Civil Veterinary Dept. Assam report 1927-50 - 1927-1950
Year: 1927
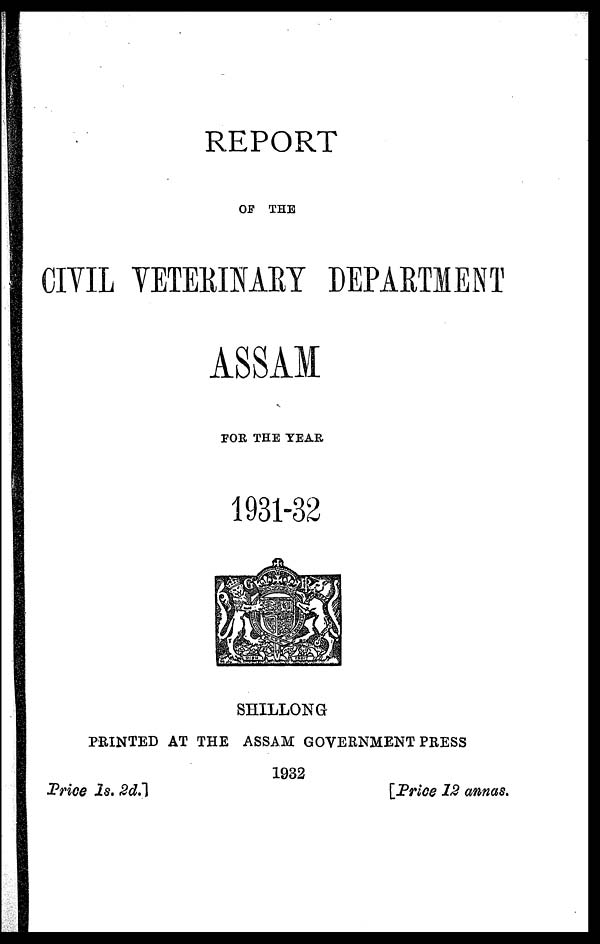
REPORT
OF THE
CIVIL VETERINARY DEPARTMENT
ASSAM
FOR THE YEAR
1931-32
SHILLONG
PRINTED AT THE ASSAM GOVERNMENT PRESS
1932
Price Is.
2d.]
[Price 12 annas.